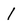
Character: l